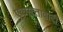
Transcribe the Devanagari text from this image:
एकसत्तावादी